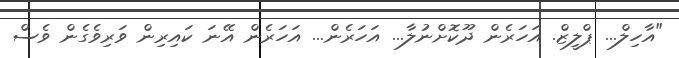
"އާހިލް... ޕްލީޒް. އަހަރެން ދޫކޮށްނުލާ... އަހަރެން... އަހަރެން އޭނަ ކައިރިން ވަރިވެގެން ވެސް